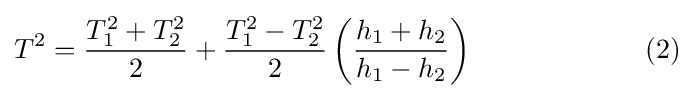
T^{2}={\frac {T_{1}^{2}+T_{2}^{2}}{2}}+{\frac {T_{1}^{2}-T_{2}^{2}}{2}}\left({\frac {h_{1}+h_{2}}{h_{1}-h_{2}}}\right)\,\qquad \qquad \qquad (2)